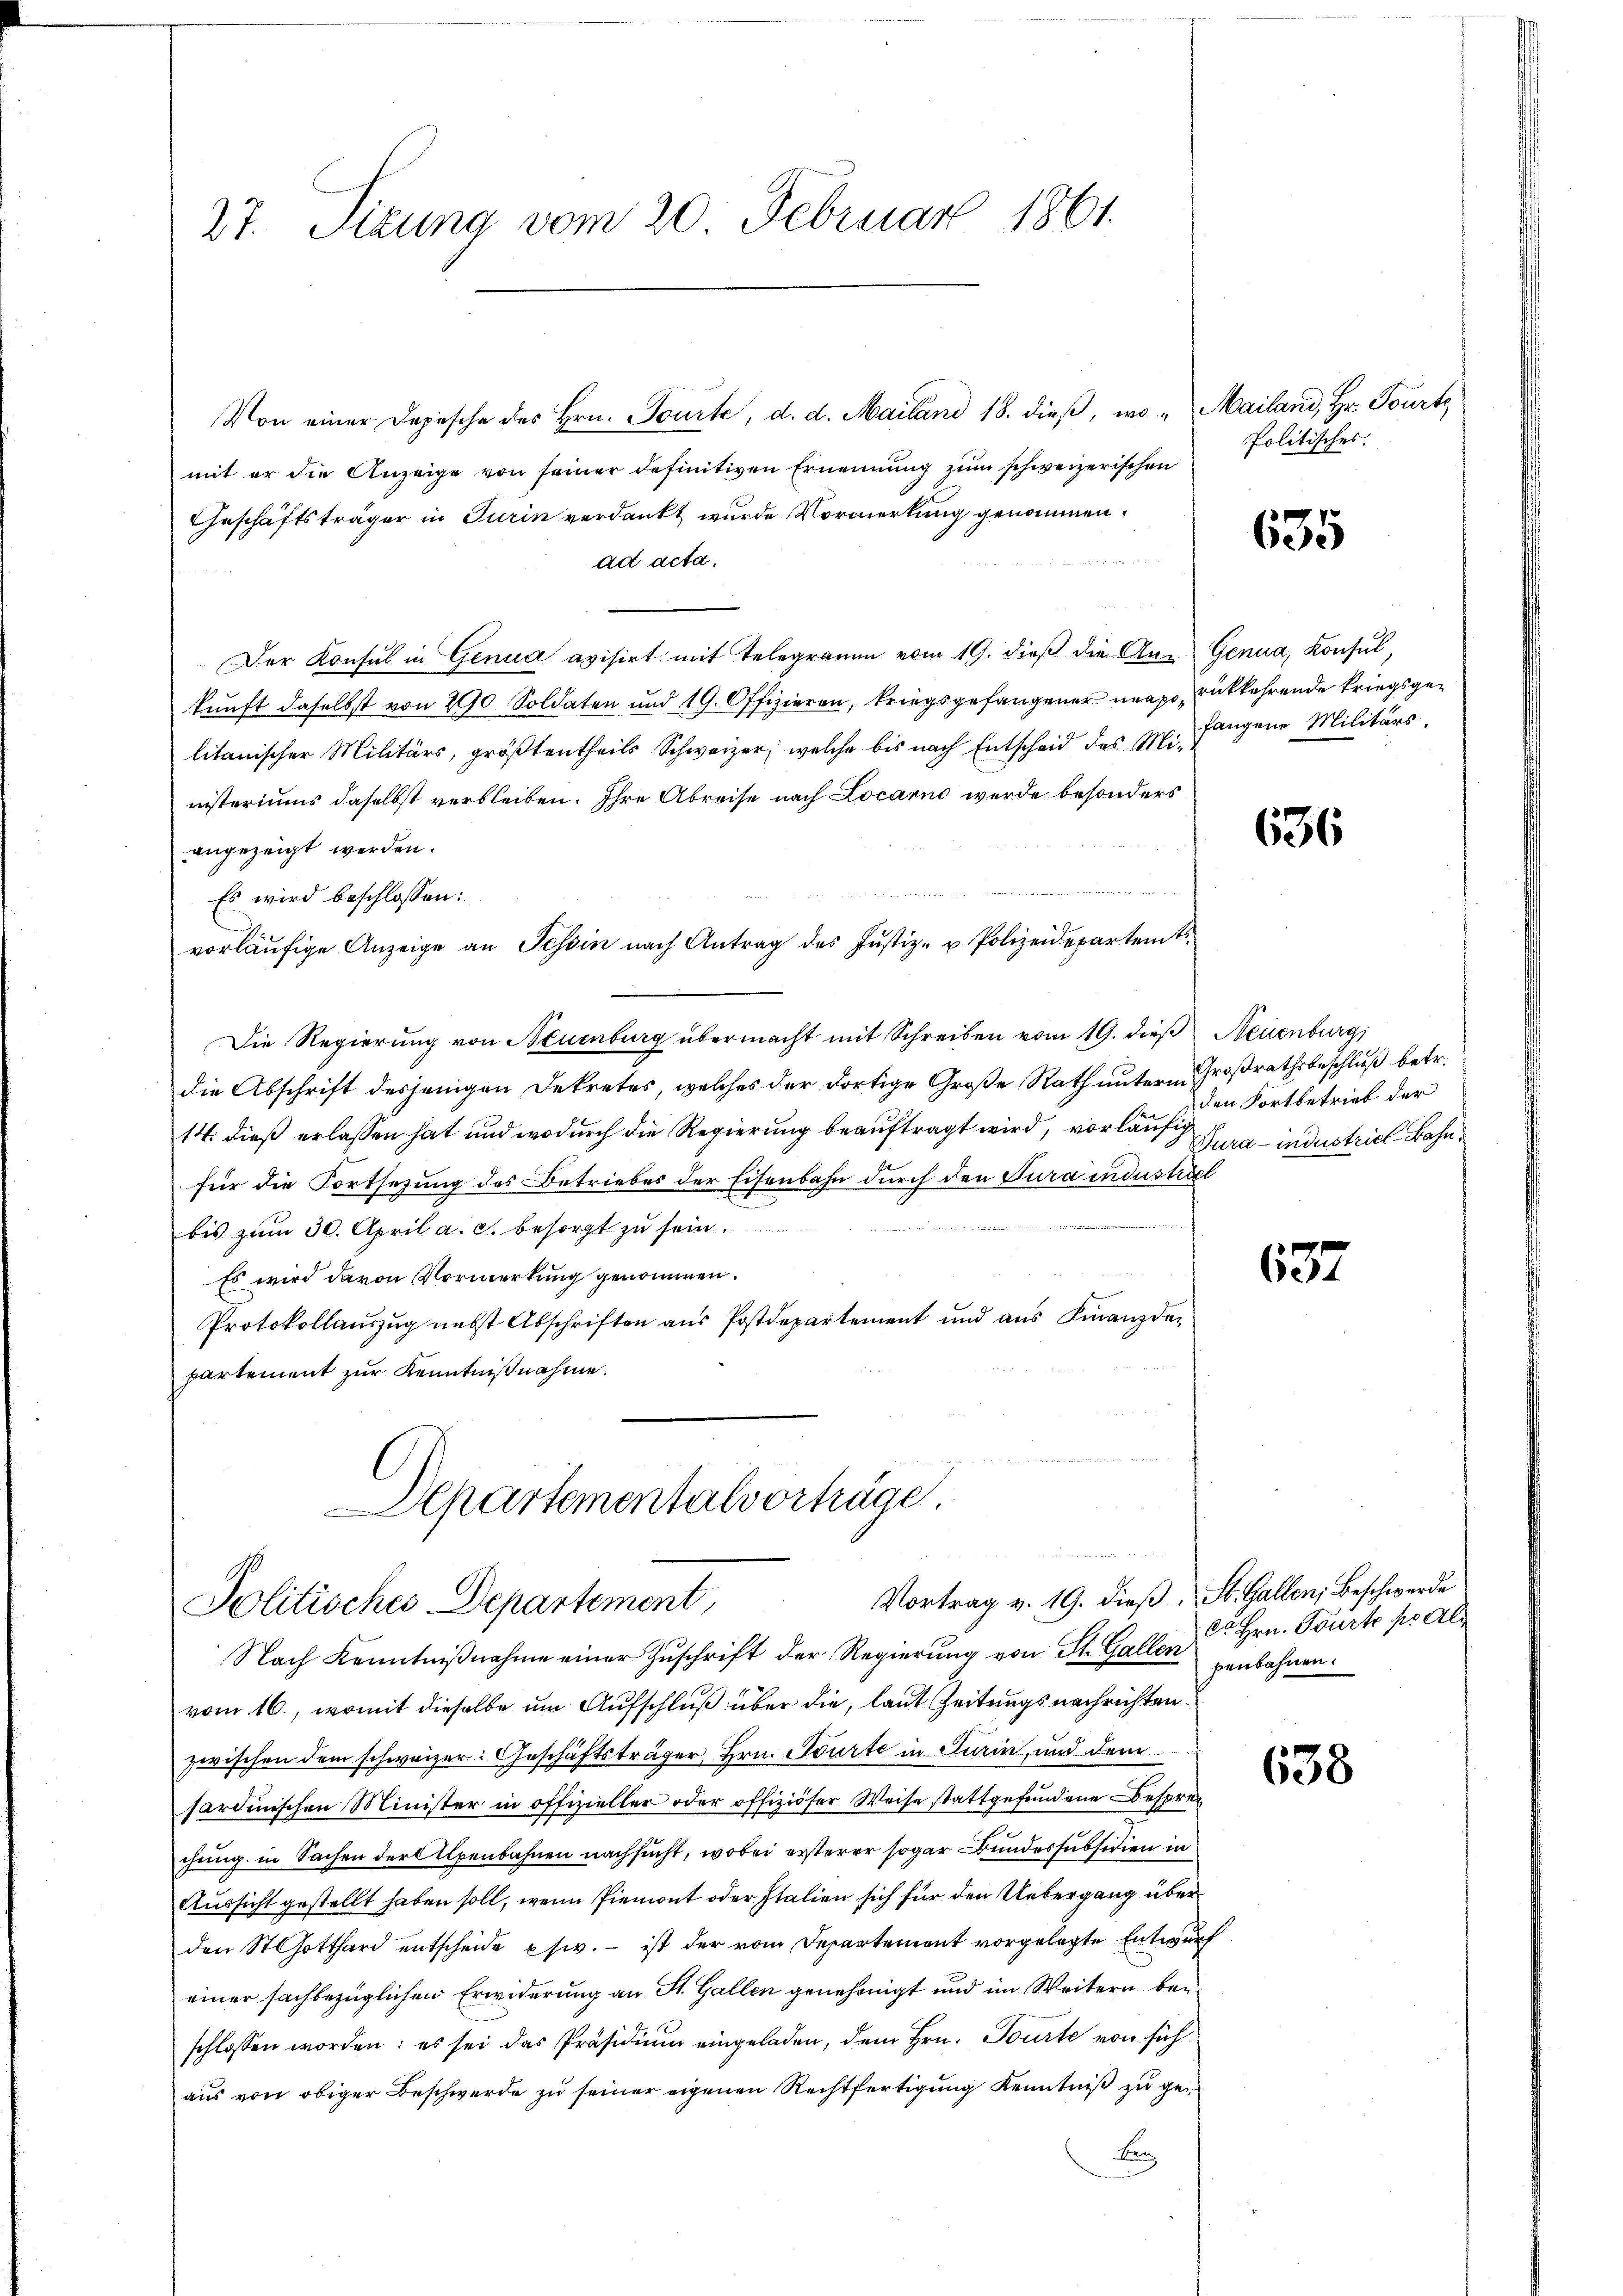
27. Sizung vom 20. Februar 1861.

Von einer Depesche des Hrn. Sonnte, d. d. Mailand 18. dieß, wo Mailand, Hr. Tourte
mit er die Anzeige von seiner definitiven Ernennung zum schweizerischen
Geschäftsträger in Turin verdankt wurde Vormerkung genommen.
ad acta.
Der Konsul in Genua avisirt mit Telegramm vom 19. dieß die An- Genua, Konsul,
kunft daselbst von 290 Soldaten und 19. Offizieren, kriegsgefangener maaso, entkehrende Kriegsgelitanischer Militärs, größtentheils Schweizer, welche bis nach Entscheid des Ei, fangene Militärs,
nisteriums daselbst verbleiben. Ihre Abreise nach Locarn wurde besonders
angezeigt werden.
.
Es wird beschlossen:
vorläŭfige Anzeige an Tessin nach Antrag des Jŭstiz- u. Polizeidepartamts-
Die Regierung von Neuenburg übermacht mit Schreiben vom 19. dieß Neuenburg
die Abschrift desjenigen Dekretes, welches der dortige Große Rath unterm Großrathsbeschluß betr.
14. dieß erlassen hat und wodurch die Regierung beauftragt wird, vorläufig
für die Fortsetzung des Betriebes der Eisenbahn durch den Jura industriel
d
bis zum 30. April a. c. besorgt zu sein.
Es wird davon Vormerkung genommen.
Protokollauszug nebst Abschriften aus Postdepartement und aus Finanzdepartement zur Kenntnißnahme.
Departementalvorträge.

Vortrag v. 19. dieβ, St. Gallen, Beschwerde
Politisches Departement,
Nach Kenntniβnahme einer Zuschrift der Regierung von St. Gallen penbahnen.

Politisches

vom 16., womit dieselbe um Aufschluß über die, laut Zeitungs nachrichten
zwischen dem schweizer: Geschäftsträger, Hrn. Tourte in Turin, und dem
sardinischen Minister in offizieller oder offiziöser Weise stattgefundene Besprechung in Sachen der Alpenbahnen nachsucht, wobei ersterer sogar Bundessubsidien in
Aussicht gestellt haben soll, wenn Piemont oder Italien sich für den Uebergang über
den St Gotthard entscheide psiv. – ist der vom Departement vorgelegte Entwurf
einer sachbezüglichen Erwiderung an St. Gallen genehmigt und im Weitern bei
schlossen worden: es sei das Präsidiŭm eingeladen, dem Hrn. Tourte von sich
aŭs von obiger Beschwerde zŭ seiner eigenen Rechtfertigung Kenntniß zu ge¬
B

635

636

den Fortbetrieb der
Pura-industriel-Bahn,

637

c. Hrn. Fürte pr Al

638